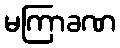
မကြာခဏ